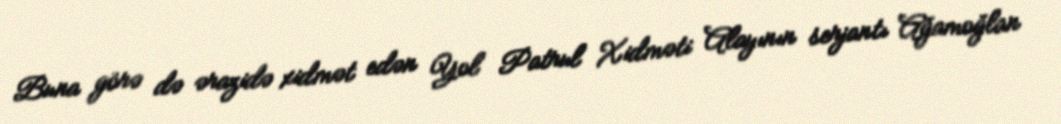
Buna görə də ərazidə xidmət edən Yol Patrul Xidməti Alayının serjantı Ağamoğlan